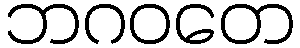
ဘဂဝတေ